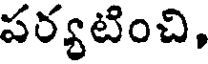
పర్యటించి,